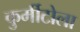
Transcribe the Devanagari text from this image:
कुर्मीटोला